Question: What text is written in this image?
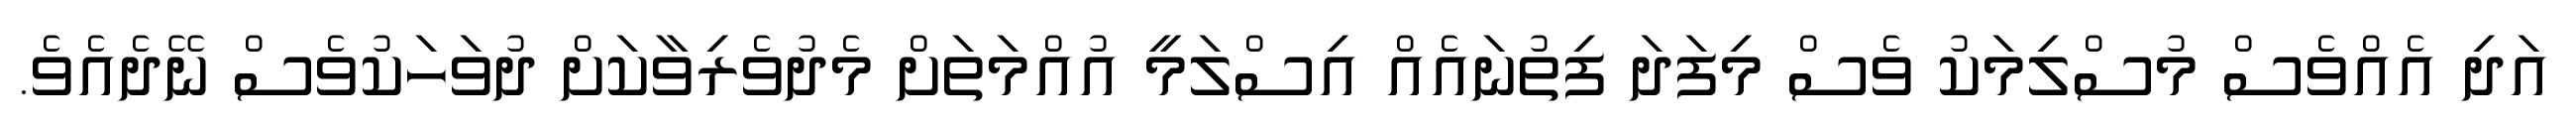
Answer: އަދި އެއްވެސް މުސްލިމަކު ވެސް މިފަދަ ފިތުނައެއް އިސްލަމީ އުއްމަތަށް މެދުވެރިވާކަށް ދުވަހަކުވެސް ނޭދެއެވެ.